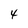
Character: 4